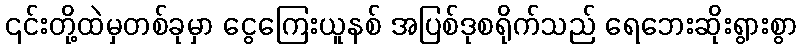
၎င်းတို့ထဲမှတစ်ခုမှာ ငွေကြေးယူနစ် အပြစ်ဒုစရိုက်သည် ရေဘေးဆိုးရွားစွာ